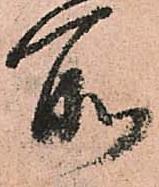
所